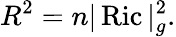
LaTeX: R^{2}=n|\operatorname{Ric}|_{g}^{2}.